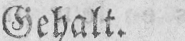
Gehalt.